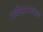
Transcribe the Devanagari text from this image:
सर्वपापनाशक